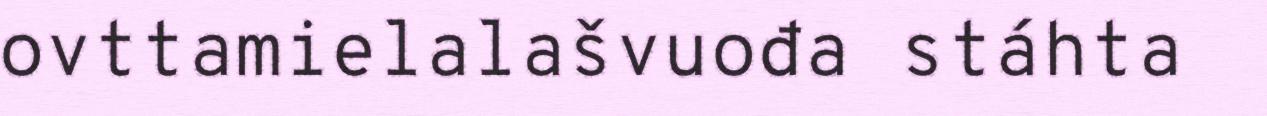
ovttamielalašvuođa stáhta